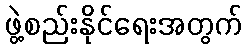
ဖွဲ့စည်းနိုင်ရေးအတွက်